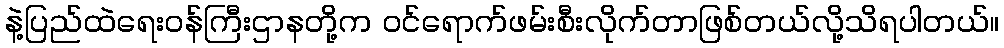
နဲ့ပြည်ထဲရေးဝန်ကြီးဌာနတို့က ဝင်ရောက်ဖမ်းစီးလိုက်တာဖြစ်တယ်လို့သိရပါတယ်။